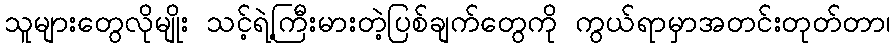
သူများတွေလိုမျိုး သင့်ရဲ့ကြီးမားတဲ့ပြစ်ချက်တွေကို ကွယ်ရာမှာအတင်းတုတ်တာ၊